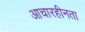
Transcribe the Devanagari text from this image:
आचारहीनता